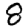
Digit: 8